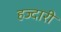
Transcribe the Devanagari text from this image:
हज्दारी